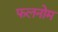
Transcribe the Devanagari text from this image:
फलनोम